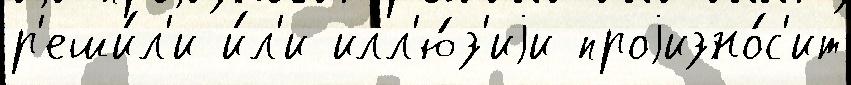
р'еши́л'и и́л'и илл'ю́з'иjи проjизно́с'ит